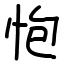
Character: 怉